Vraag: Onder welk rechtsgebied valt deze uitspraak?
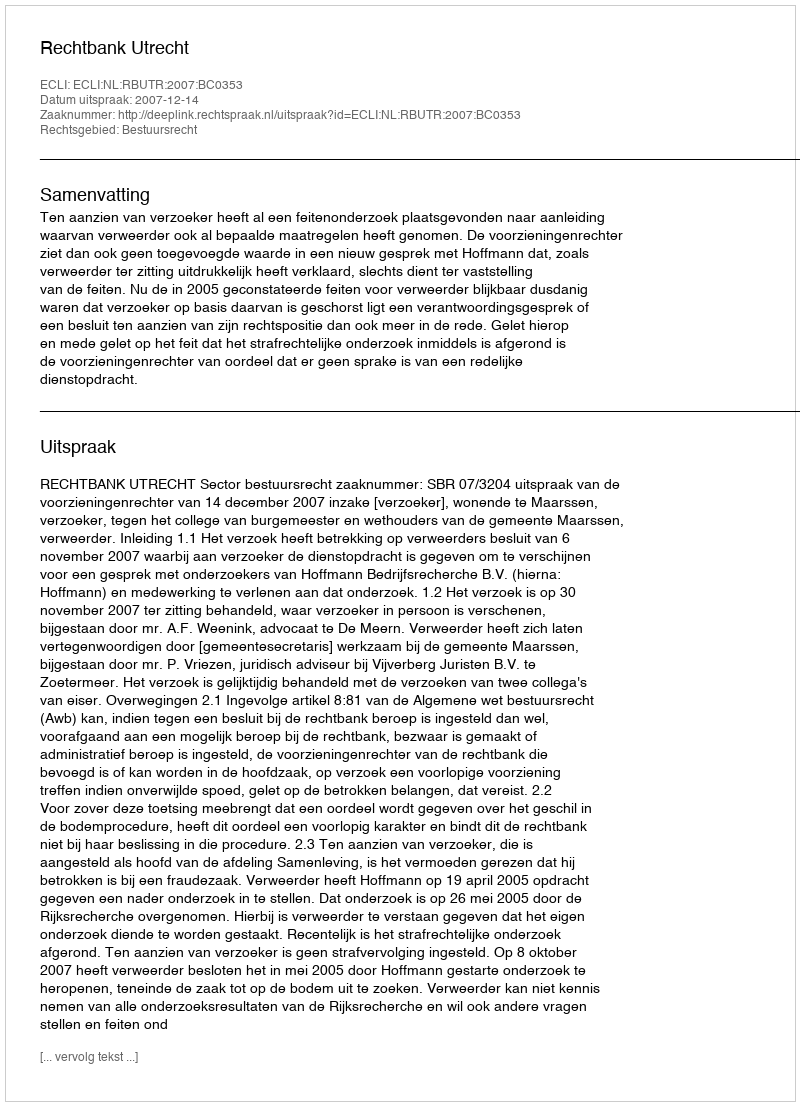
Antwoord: Bestuursrecht